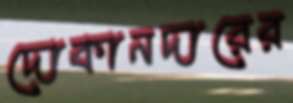
দোকানদারের